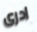
ادرى